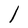
Character: l